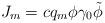
LaTeX: \begin{align*}J_m = c q_m \phi \gamma_0 \tilde{\phi} \,\end{align*}